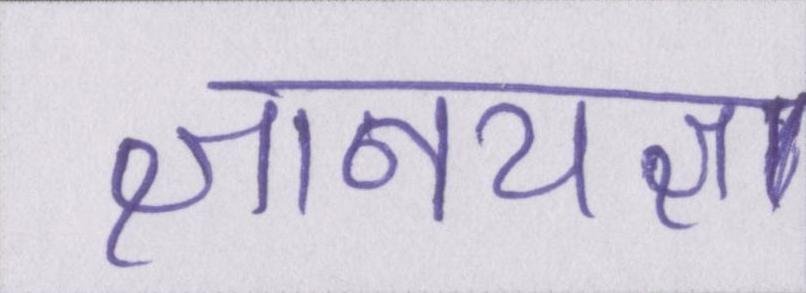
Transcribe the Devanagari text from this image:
ज्ञानयज्ञ